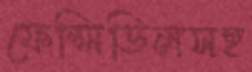
ফেন্সিডিলসহ